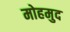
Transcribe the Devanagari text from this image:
मोहमुद